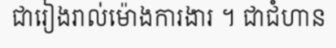
ជារៀងរាល់ម៉ោងការងារ ។ ជាជំហាន